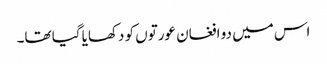
اس میں دو افغان عورتوں کو دکھایا گیا تھا۔